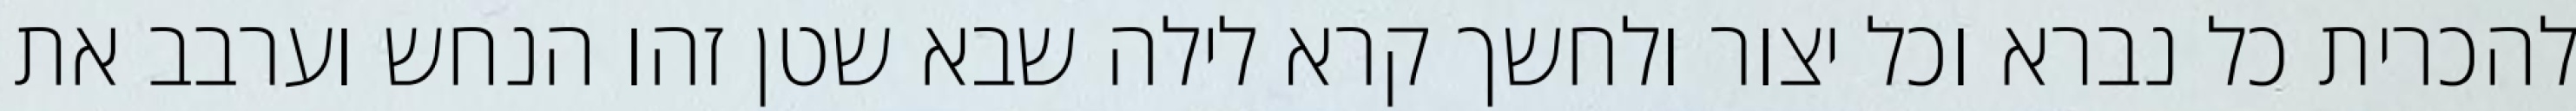
להכרית כל נברא וכל יצור ולחשך קרא לילה שבא שטן זהו הנחש וערבב את